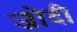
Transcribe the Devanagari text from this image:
जोदी